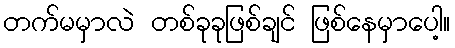
တက်မမှာလဲ တစ်ခုခုဖြစ်ချင် ဖြစ်နေမှာပေါ့။